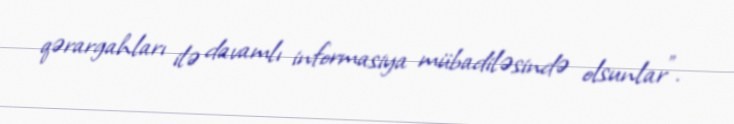
qərargahları ilə davamlı informasiya mübadiləsində olsunlar”.